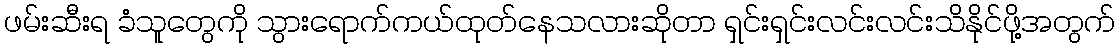
ဖမ်းဆီးရ ခံသူတွေကို သွားရောက်ကယ်ထုတ်နေသလားဆိုတာ ရှင်းရှင်းလင်းလင်းသိနိုင်ဖို့အတွက်